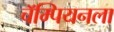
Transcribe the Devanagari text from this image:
चॅम्पियनला